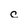
Character: c